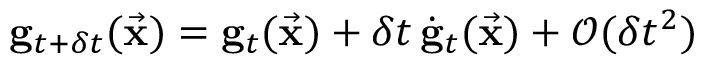
{ \bf g } _ { t + \delta t } ( \vec { \bf x } ) = { \bf g } _ { t } ( \vec { \bf x } ) + \delta t \, \dot { \bf g } _ { t } ( \vec { \bf x } ) + \mathcal { O } ( \delta t ^ { 2 } )